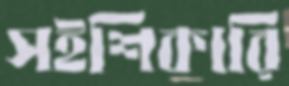
সইশিকারি